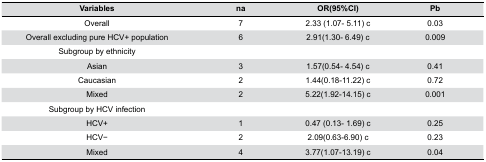
| Variables | na | OR(95%CI) | Pb |
 | --- | --- | --- | --- |
 | Overall | 7 | 2.33 (1.07- 5.11) c | 0.03 |
 | Overall excluding pure HCV+ population | 6 | 2.91(1.30- 6.49) c | 0.009 |
 | Subgroup by ethnicity |  |  |  |
 | Asian | 3 | 1.57(0.54- 4.54) c | 0.41 |
 | Caucasian | 2 | 1.44(0.18-11.22) c | 0.72 |
 | Mixed | 2 | 5.22(1.92-14.15) c | 0.001 |
 | Subgroup by HCV infection |  |  |  |
 | HCV+ | 1 | 0.47 (0.13- 1.69) c | 0.25 |
 | HCV- | 2 | 2.09(0.63-6.90) c | 0.23 |
 | Mixed | 4 | 3.77(1.07-13.19) c | 0.04 |